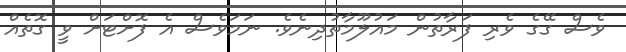
ވެސް ގޭގެ ވެރި ފަރާތުން މައުލޫމާތުދިނެވެ. ނަމަވެސް އެ ފޮށްޓަށް ވީ ގޮތެއް